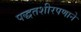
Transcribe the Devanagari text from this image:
पद्धतशीरपणाने